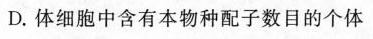
D.体细胞中含有本物种配子数目的个体